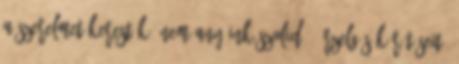
a szerelmet kerestük, nem anyáink szolid - érzelgős körítéseit,